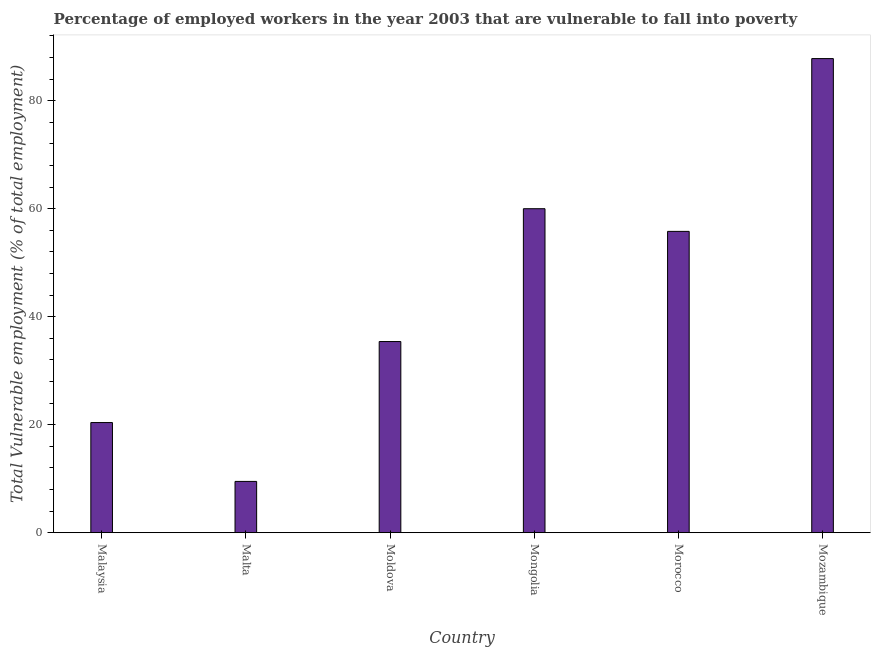
| Country | Vulnerable employment |
 | --- | --- |
 | Malaysia | 20.4 |
 | Malta | 9.5 |
 | Moldova | 35.4 |
 | Mongolia | 60 |
 | Morocco | 55.8 |
 | Mozambique | 87.8 |